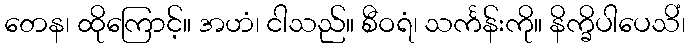
တေန၊ ထိုကြောင့်။ အဟံ၊ ငါသည်။ စီဝရံ၊ သင်္ကန်းကို။ နိက္ခိပါပေသိံ၊